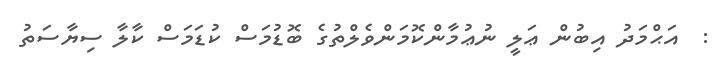
:  އަޙްމަދު އިބުން ޢަލީ ނުޢުމާންކޮމަންވެލްތުގެ ބޮޑުމަސް ކުޑަމަސް ކާލާ ސިޔާސަތު